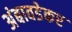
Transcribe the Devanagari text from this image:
अंबावडेकर